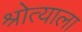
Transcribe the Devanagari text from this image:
श्रोत्याला